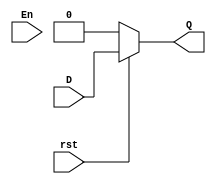
module D_Latch_behavior(output reg Q, input D, En, rst);

always @ (D, En, rst)
begin
	if(!rst)
		Q <= 1'b0;
	else
		Q <= D;
end

endmodule